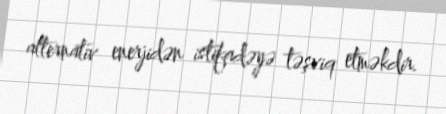
alternativ enerjidən istifadəyə təşviq etməkdir.